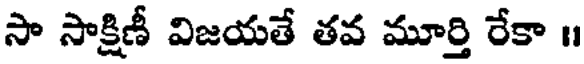
సా సాక్షిణీ విజయతే తవ మూర్తి రేకా ॥